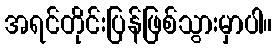
အရင်တိုင်းပြန်ဖြစ်သွားမှာပါ။